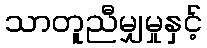
သာတူညီမျှမှုနှင့်